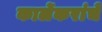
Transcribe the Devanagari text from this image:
कार्लेकरांचे